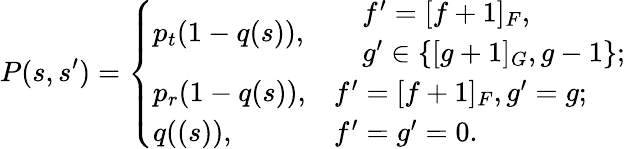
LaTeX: P(s,s^{\prime})=\left\{ \begin{array}{ll}{p_{t}(1-q(s)),}&{\begin{array}{rl}&{f^{\prime}=[f+1]_{F},}\\ &{g^{\prime}\in\{ [g+1]_{G},g-1\} ;}\end{array}}\\ {p_{r}(1-q(s)),}&{f^{\prime}=[f+1]_{F},g^{\prime}=g;}\\ {q((s)),}&{f^{\prime}=g^{\prime}=0.}\end{array}\right.